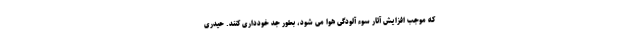
که موجب افزایش آثار سوء آلودگی هوا می شود، بطور جد خودداری کنند. حیدری